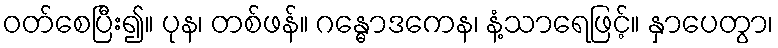
ဝတ်စေပြီး၍။ ပုန၊ တစ်ဖန်။ ဂန္ဓောဒကေန၊ နံ့သာရေဖြင့်။ နှာပေတွာ၊